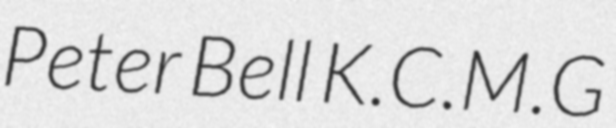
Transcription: Peter Bell K.C.M.G